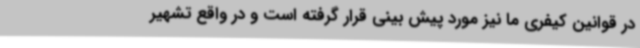
در قوانین کیفری ما نیز مورد پیش بینی قرار گرفته است و در واقع تشهیر